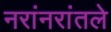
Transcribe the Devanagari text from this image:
नरांनरांतले